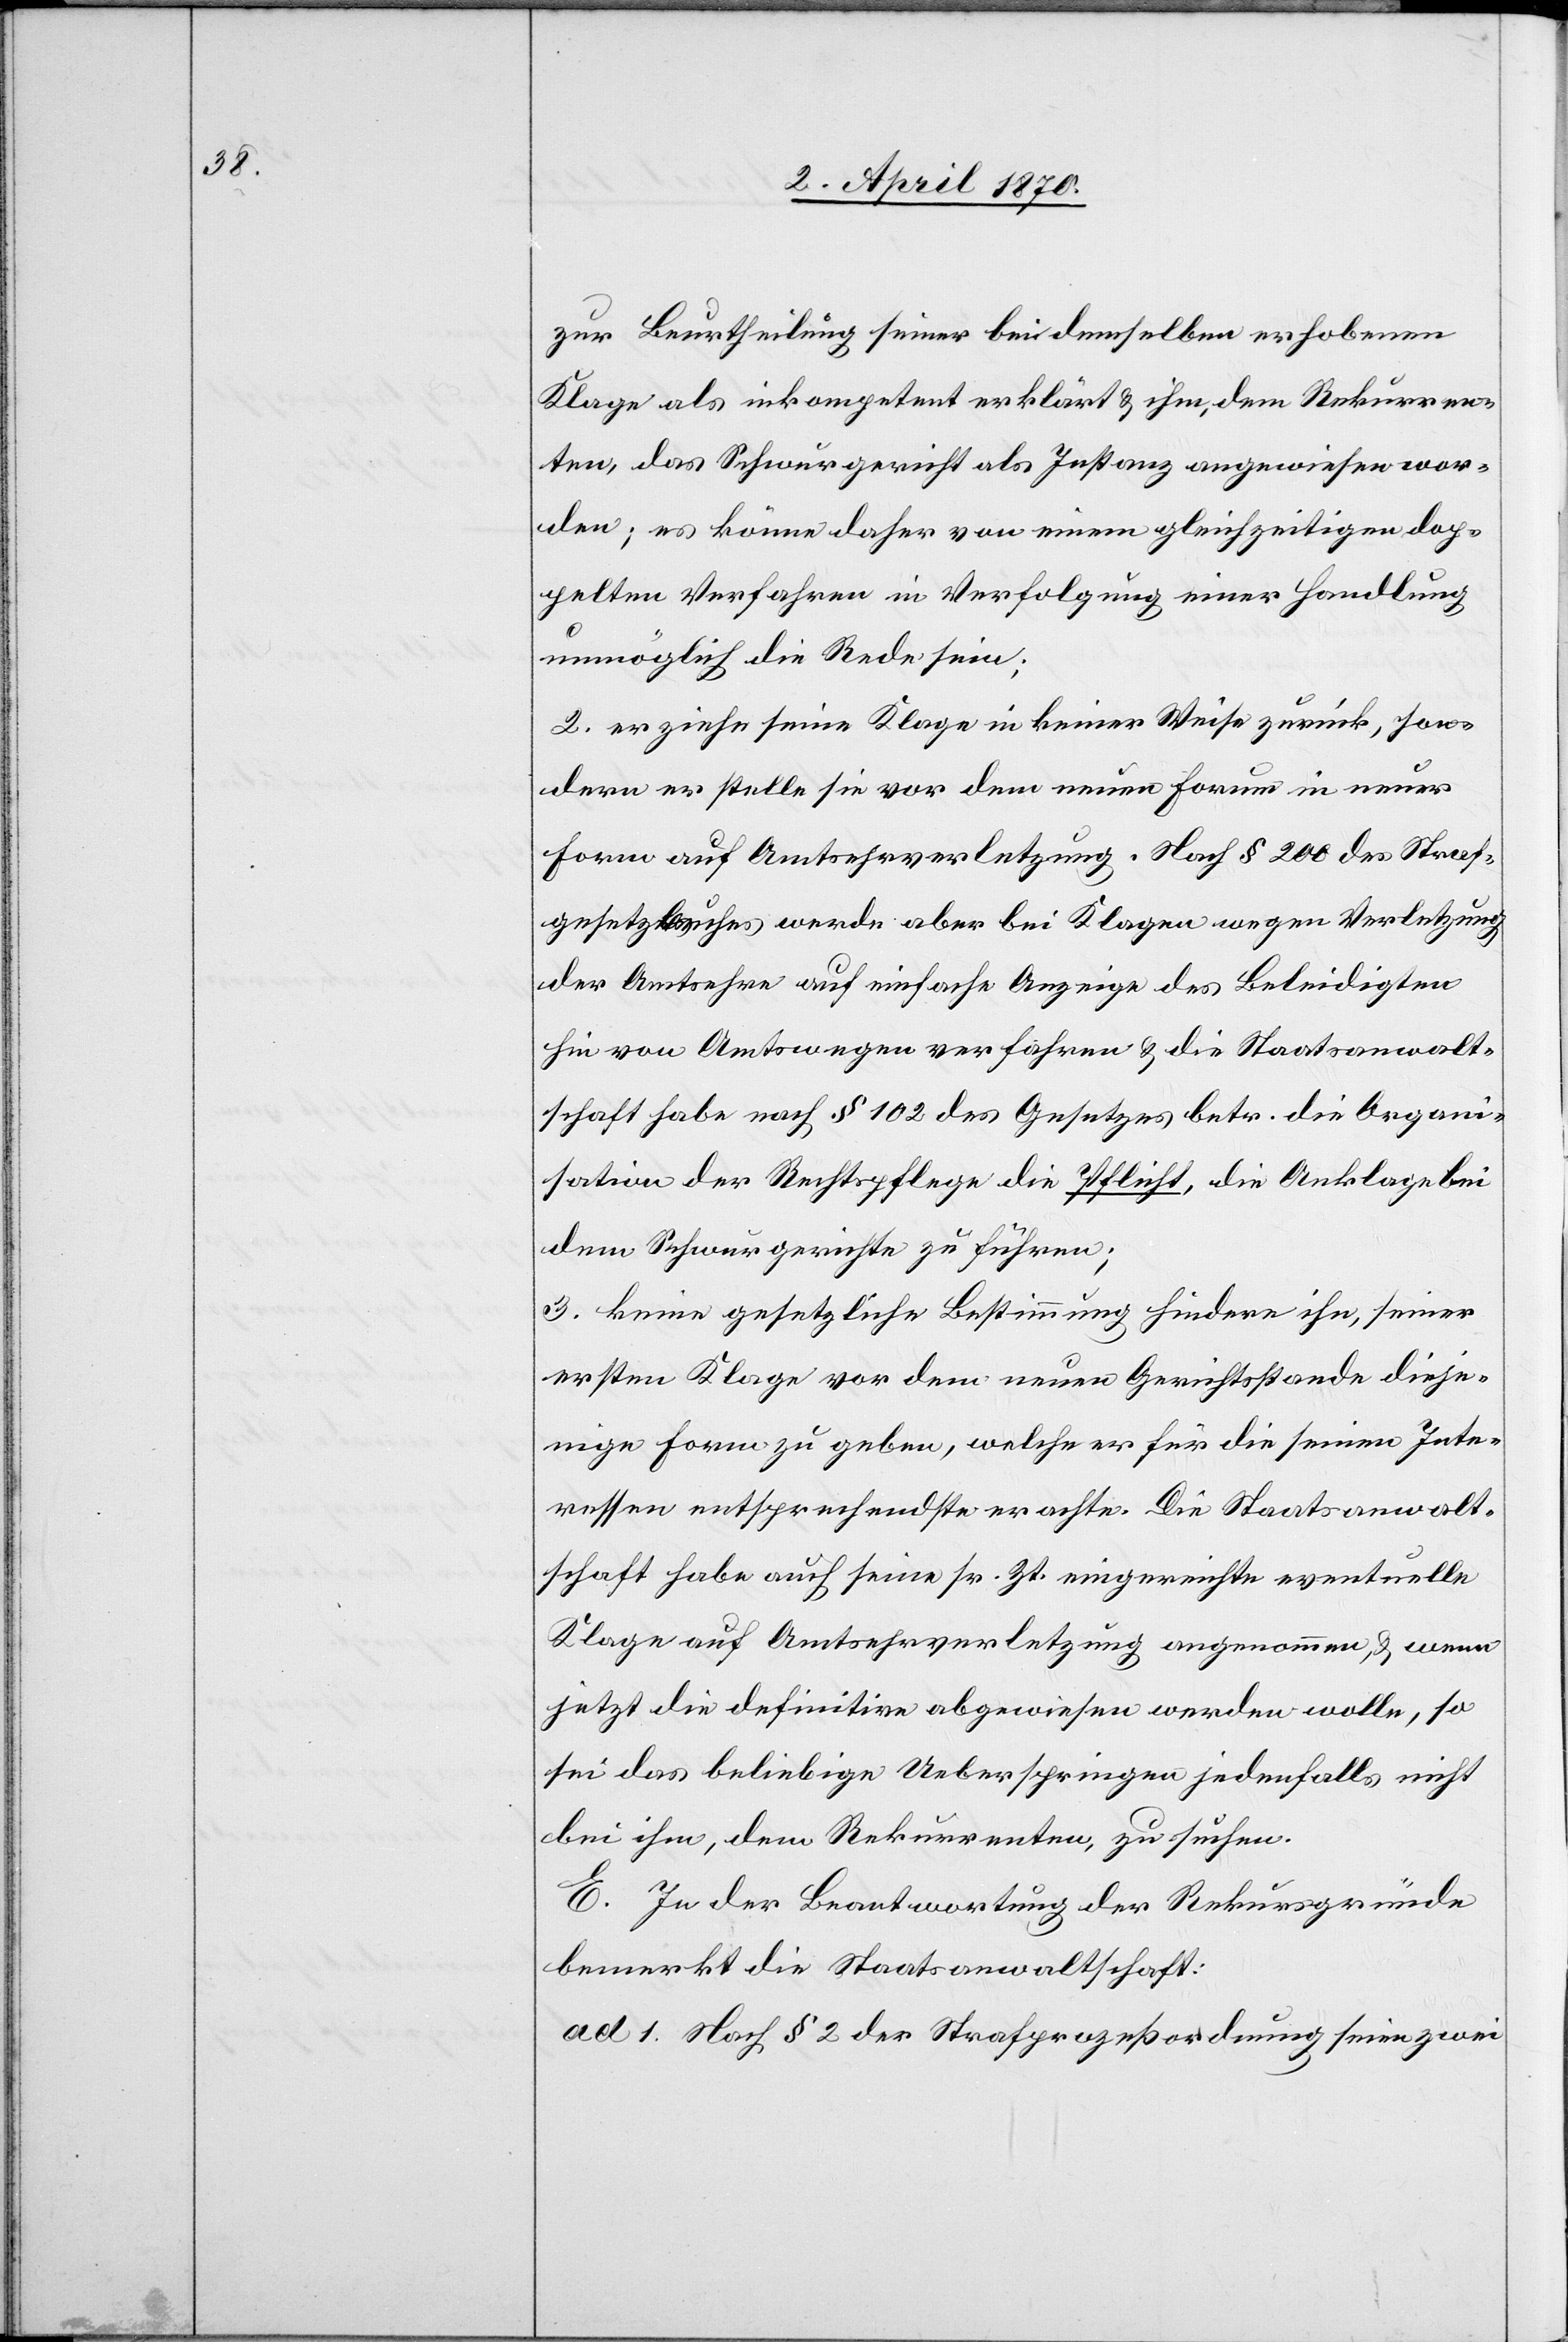
zur Beurtheilung bei demselben erhobenen
Klage als inkompetent erklärt & ihm, dem Rekurren¬
ten, das Schwurgericht als Instanz angewiesen wor¬
den; es könne daher von einem gleichzeitigen dop¬
pelten Verfahren in Verfolgung einer Handlung
unmöglich die Rede sein;
2. er ziehe seine Klage in keiner Weise zurück, son¬
dern er stelle sie vor dem neuen Forum in neuer
Form auf Amtsehrverletzung. Nach § 200 des Straf¬
gesetzbuches werde aber bei Klagen wegen Verletzung
der Amtsehre auf einfache Anzeige des Beleidigten
hin von Amtswegen verfahren & die Staatsanwalt¬
schaft habe nach § 102 des Gesetzes betr. die Organi¬
sation der Rechtspflege die Pflicht, die Anklage bei
dem Schwurgericht zu führen;
3. keine gesetzliche Bestimmung hindere ihn, seiner
ersten Klage vor dem neuen Gerichtsstande dieje¬
nige Form zu geben, welche er für die seinen Inte¬
ressen entsprechendste erachte. Die Staatsanwalt¬
schaft habe auch seine sr. Zt. eingereichte eventuelle
Klage auf Amtsehrverletzung angenommen, & wenn
jetzt die definitive abgewiesen werden wolle, so
sei das beliebige Ueberspringen jedenfalls nicht
bei ihm, dem Rekurrenten, zu suchen.
E. In der Beantwortung der Rekursgründe
bemerkt die Staatsanwaltschaft:
ad 1. Nach § 2 der Strafprozeßordnung seien zwei